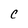
Character: C